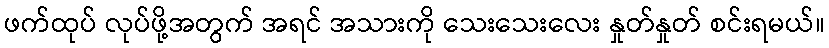
ဖက်ထုပ် လုပ်ဖို့အတွက် အရင် အသားကို သေးသေးလေး နှုတ်နှုတ် စင်းရမယ်။